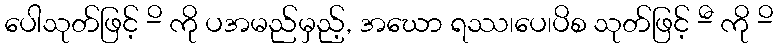
ပေါသုတ်ဖြင့် -ိ ကို ပအမည်မှည့်, အဃော ရဿ၊ပေ၊ပိစ သုတ်ဖြင့် -ီ ကို -ိ